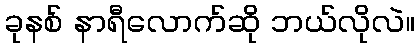
ခုနစ် နာရီလောက်ဆို ဘယ်လိုလဲ။